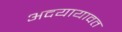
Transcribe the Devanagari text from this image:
अदयायावत